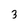
Character: 3